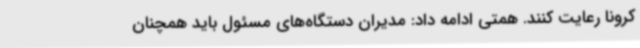
کرونا رعایت کنند. همتی ادامه داد: مدیران دستگاه‌های مسئول باید همچنان